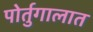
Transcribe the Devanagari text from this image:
पोर्तुगालात